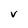
Character: v